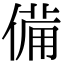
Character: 備